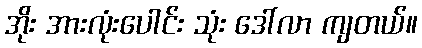
အိုး အားလုံးပေါင်း သုံး ဒေါ်လာ ကျတယ်။